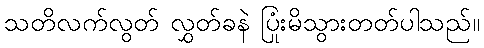
သတိလက်လွတ် လွှတ်ခနဲ ပြုံးမိသွားတတ်ပါသည်။